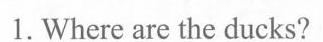
1.Where are the ducks?